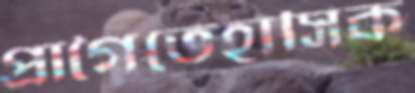
প্রাগৈতেহাসিক